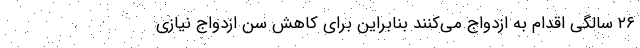
۲۶ سالگی اقدام به ازدواج می‌کنند بنابراین برای کاهش سن ازدواج نیازی